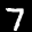
Digit: 7